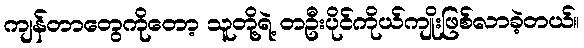
ကျန်တာတွေကိုတော့ သူတို့ရဲ့ တဦးပိုင်ကိုယ်ကျိုးဖြစ်လာခဲ့တယ်။